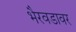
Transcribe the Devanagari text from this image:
भैरवडावर